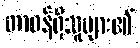
တာဝန်ရှိသူများ၏